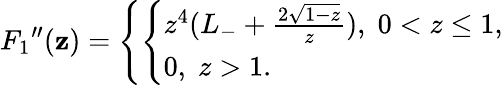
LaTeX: {F_{1}}^{\prime\prime}(\mathbf{z})=\left\{ \left\{ \begin{array}{ll}{{z^{4}(L_{-}+{\frac{2\sqrt{1-z}}{z}}),\; 0<z\le 1,}}\\ {{0,\; z>1.}}\end{array}\right.\right.